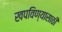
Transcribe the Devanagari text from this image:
खपविण्यासाठी